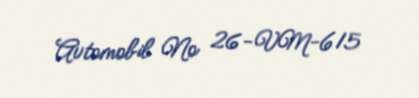
Avtomobil № 26-VM-615